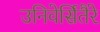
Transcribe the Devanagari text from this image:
उनिवेर्सितैरे